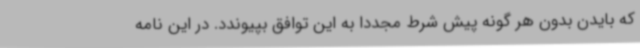
که بایدن بدون هر گونه پیش شرط مجددا به این توافق بپیوندد. در این نامه